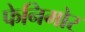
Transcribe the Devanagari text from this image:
फेनिमोर